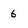
Character: 6